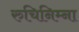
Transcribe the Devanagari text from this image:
रुचिनिम्ना